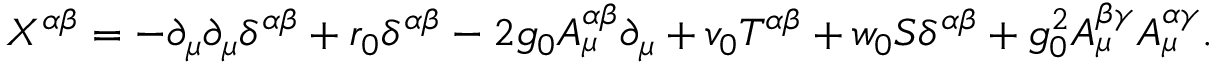
X ^ { \alpha \beta } = - \partial _ { \mu } \partial _ { \mu } \delta ^ { \alpha \beta } + r _ { 0 } \delta ^ { \alpha \beta } - 2 g _ { 0 } A _ { \mu } ^ { \alpha \beta } \partial _ { \mu } + v _ { 0 } T ^ { \alpha \beta } + w _ { 0 } S \delta ^ { \alpha \beta } + g _ { 0 } ^ { 2 } A _ { \mu } ^ { \beta \gamma } A _ { \mu } ^ { \alpha \gamma } .